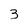
Character: 3